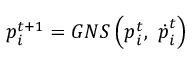
\boldsymbol { p } _ { i } ^ { t + 1 } = G N S \left( \boldsymbol { p } _ { i } ^ { t } , \ \boldsymbol { \dot { p } } _ { i } ^ { t } \right)